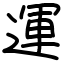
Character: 運